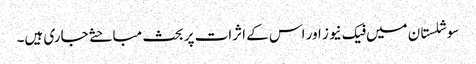
سوشلستان میں فیک نیوز اور اس کے اثرات پر بحث مباحثے جاری ہیں۔